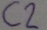
Text: C2